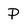
Character: P